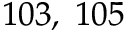
^ { 1 0 3 , ~ 1 0 5 }